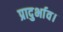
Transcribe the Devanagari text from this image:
प्रादुर्भाव।